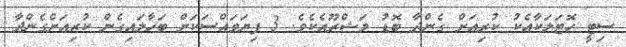
ސިޓީ ހޮޓަލަކާއެކު ކުރިއަށް ގެންދާ ބޮޑު މަޝްރޫއެކެވެ. 3 ފިޔަވައްސަކަށް ބަހާލައިގެން ކުރިއަށްގެންދާ